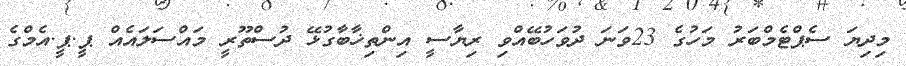
މިދިޔަ ސެޕްޓެމްބަރު މަހުގެ 23ވަނަ ދުވަހުބޭއްވި ރިޔާސީ އިންތިޚާބާގުޅޭ ދުސްތޫރީ މައްސަލައެއް ޕީ.ޕީ.އެމްގެ